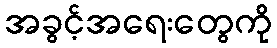
အခွင့်အရေးတွေကို